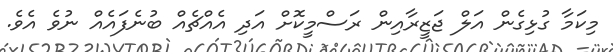
މިކަމާ ގުޅިގެން އަލް ޖަޒީރާއިން ރަސްމީކޮށް އަދި އެއްޗެއް ބުނެފައެއް ނުވެ އެވެ.